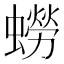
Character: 蟧